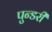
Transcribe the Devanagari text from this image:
पुन्डरी